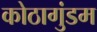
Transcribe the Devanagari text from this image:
कोठागुंडम